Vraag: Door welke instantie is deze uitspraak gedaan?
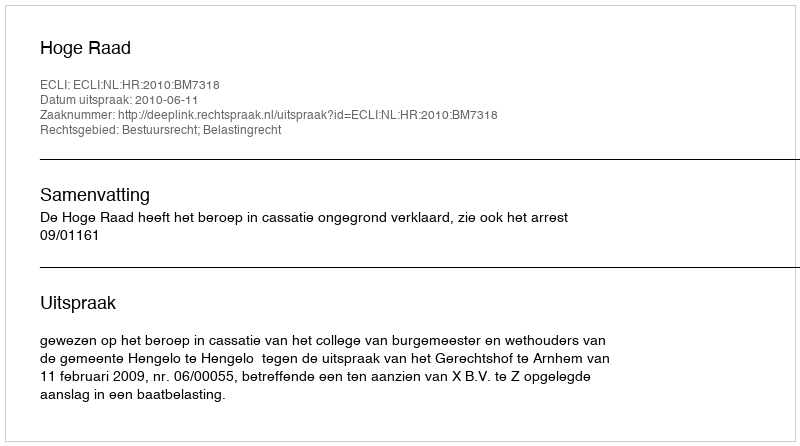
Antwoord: Hoge Raad